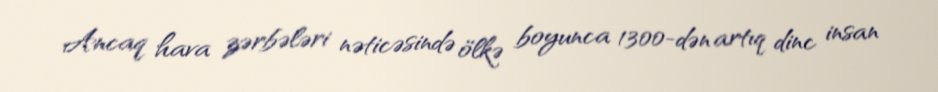
Ancaq hava zərbələri nəticəsində ölkə boyunca 1300-dən artıq dinc insan